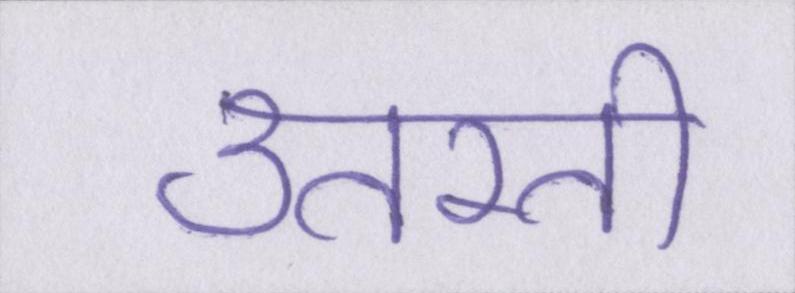
उतरती